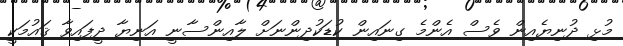
މުޅި ދުނިޔެއިން ވެސް އެންމެ ގިނައިން ކުޑަކުދިންނަށް ލާއިންސާނީ އަނިޔާ ދީފައިވާ ޤައުމަކީ